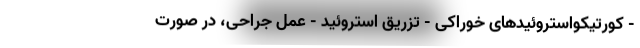
- کورتیکواستروئیدهای خوراکی - تزریق استروئید - عمل جراحی، در صورت